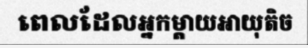
ពេលដែលអ្នកម្តាយអាយុតិច